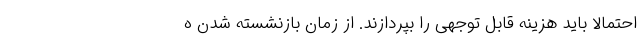
احتمالا باید هزینه قابل توجهی را بپردازند. از زمان بازنشسته شدن ه